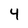
Character: 4